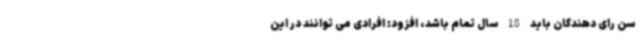
سن رای دهندگان باید 18 سال تمام باشد، افزود: افرادی می توانند در این